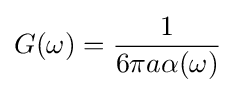
G(\omega )={\frac {1}{6\pi a\alpha (\omega )}}